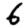
Digit: 6